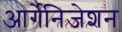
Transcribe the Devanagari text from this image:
आर्गेनिजेशन